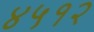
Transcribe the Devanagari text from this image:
४५१२